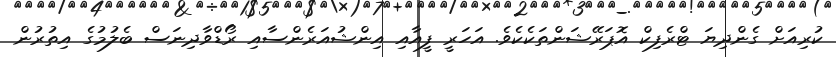
ކުރިއަށް ގެންދިޔަ ޓްރެފިކް އޮޕަރޭޝަންތަކެކެވެ. އަހަރީ ފީއާއި އިންޝުއަރެންސާއި ރޯޑްވާދިނަސް ބެލުމުގެ އިތުރުން